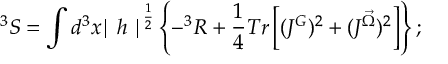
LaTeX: ^ 3 S = \int d ^ { 3 } x { \mid h \mid } ^ { \frac { 1 } { 2 } } \left\{ - ^ { 3 } R + \frac { 1 } { 4 } T r \left[ ( J ^ { G } ) ^ { 2 } + ( J ^ { \vec { \Omega } } ) ^ { 2 } \right] \right\} ;